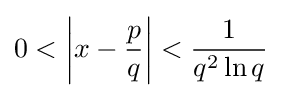
0<\left|x-{\frac {p}{q}}\right|<{\frac {1}{q^{2}\ln q}}